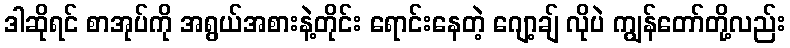
ဒါဆိုရင် စာအုပ်ကို အရွယ်အစားနဲ့တိုင်း ရောင်းနေတဲ့ ဂျော့ချ် လိုပဲ ကျွန်တော်တို့လည်း